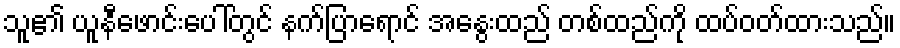
သူ၏ ယူနီဖောင်းပေါ်တွင် နက်ပြာရောင် အနွေးထည် တစ်ထည်ကို ထပ်ဝတ်ထားသည်။